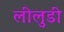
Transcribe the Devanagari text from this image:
लीलुडी